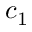
c _ { 1 }